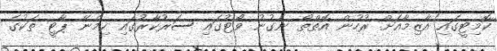
ކޮމިޓީގައި އާޒިމާއަށް ރުހުން އޮތްތޯ ނެގުނު ވޯޓުގައި ސަރުކާރުގައި ހިމެނޭ ޕާޓީ ތަކުގެ